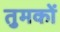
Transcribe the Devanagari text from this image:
तुमकों